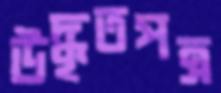
উদ্ধৃতপত্র